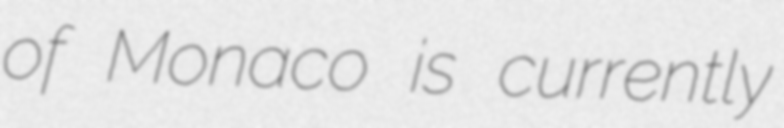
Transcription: of Monaco is currently